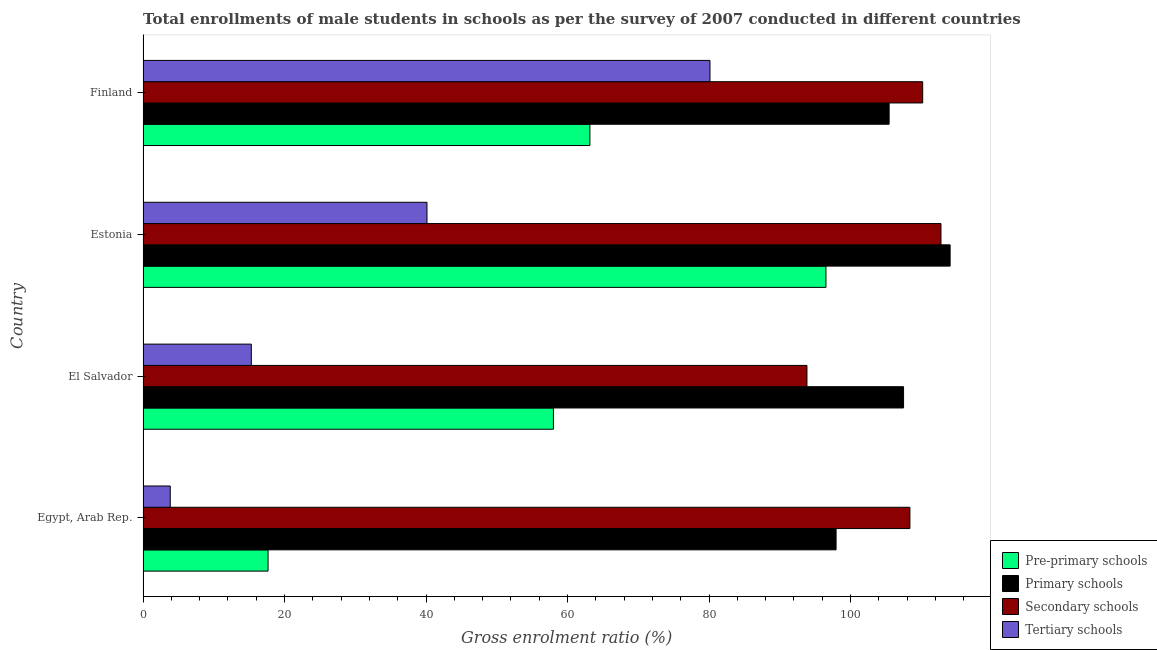
| Country | Pre-primary schools | Primary schools | Secondary schools | Tertiary schools |
 | --- | --- | --- | --- | --- |
 | Egypt, Arab Rep. | 17.7 | 98 | 108 | 3.84 |
 | El Salvador | 58 | 108 | 93.8 | 15.3 |
 | Estonia | 96.5 | 114 | 113 | 40.1 |
 | Finland | 63.2 | 105 | 110 | 80.1 |